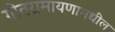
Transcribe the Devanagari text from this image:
गीतरामायणामधील